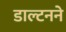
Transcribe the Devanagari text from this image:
डाल्टनने